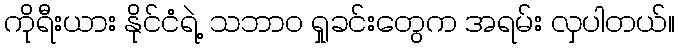
ကိုရီးယား နိုင်ငံရဲ့ သဘာဝ ရှုခင်းတွေက အရမ်း လှပါတယ်။